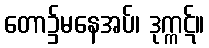
တော၌မနေအပ်၊ ဒုက္ကဋ်။